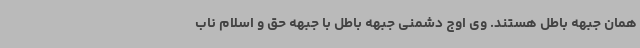
همان جبهه باطل هستند. وی اوج دشمنی جبهه باطل با جبهه حق و اسلام ناب